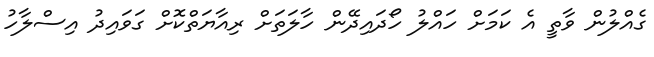
ގެއްލުން ވާތީ އެ ކަމަށް ހައްލު ހޯދައިދޭން ހާލަތަށް ރިއާޔަތްކޮށް ގަވައިދު އިސްލާހު